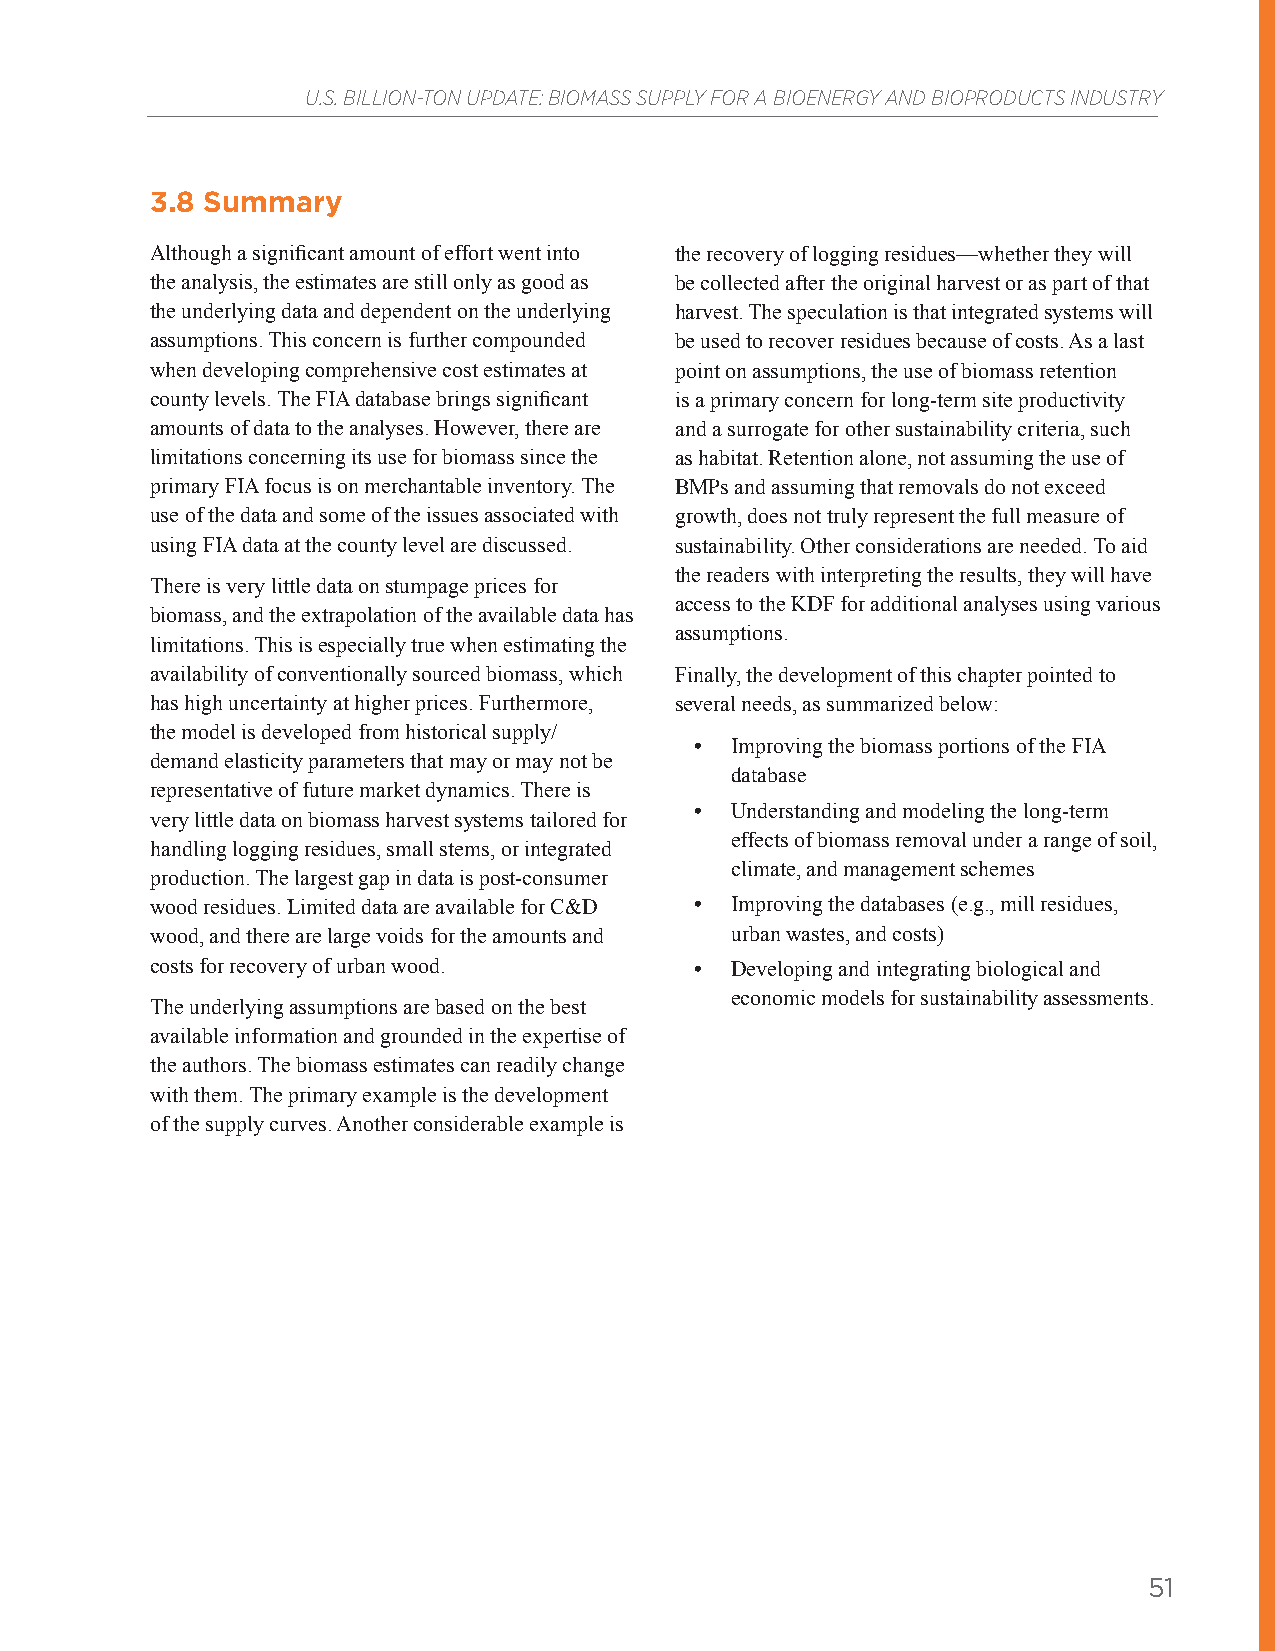
U.S. BILLION-TON UPDATE: BIOMASS SUPPLY FOR A BIOENERGY AND BIOPRODUCTS INDUSTRY
 3.8 Summary
 Although a significant amount of effort went into the recovery of logging residues—whether they will
 the analysis, the estimates are still only as good as be collected after the original harvest or as part of that
 the underlying data and dependent on the underlying harvest. The speculation is that integrated systems will
 assumptions. This concern is further compounded be used to recover residues because of costs. As a last
 when developing comprehensive cost estimates at point on assumptions, the use of biomass retention
 county levels. The FIA database brings significant is a primary concern for long-term site productivity
 amounts of data to the analyses. However, there are and a surrogate for other sustainability criteria, such
 limitations concerning its use for biomass since the as habitat. Retention alone, not assuming the use of
 primary FIA focus is on merchantable inventory. The BMPs and assuming that removals do not exceed
 use of the data and some of the issues associated with growth, does not truly represent the full measure of
 using FIA data at the county level are discussed. sustainability. Other considerations are needed. To aid
 the readers with interpreting the results, they will have
 There is very little data on stumpage prices for
 access to the KDF for additional analyses using various
 biomass, and the extrapolation of the available data has
 assumptions.
 limitations. This is especially true when estimating the
 availability of conventionally sourced biomass, which Finally, the development of this chapter pointed to
 has high uncertainty at higher prices. Furthermore, several needs, as summarized below:
 the model is developed from historical supply/
 • Improving the biomass portions of the FIA
 demand elasticity parameters that may or may not be
 database
 representative of future market dynamics. There is
 • Understanding and modeling the long-term
 very little data on biomass harvest systems tailored for
 effects of biomass removal under a range of soil,
 handling logging residues, small stems, or integrated
 climate, and management schemes
 production. The largest gap in data is post-consumer
 wood residues. Limited data are available for C&D • Improving the databases (e.g., mill residues,
 wood, and there are large voids for the amounts and urban wastes, and costs)
 costs for recovery of urban wood.   • Developing and integrating biological and
 economic models for sustainability assessments.
 The underlying assumptions are based on the best
 available information and grounded in the expertise of
 the authors. The biomass estimates can readily change
 with them. The primary example is the development
 of the supply curves. Another considerable example is
 51